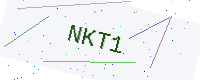
Text: NKT1